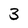
Character: 3